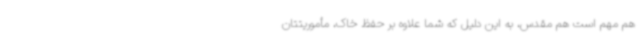
هم مهم است هم مقدس، به این دلیل که شما علاوه بر حفظ خاک، مأموریتتان